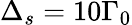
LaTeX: \Delta_{s}=10\Gamma_{0}